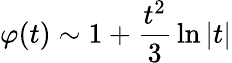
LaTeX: \varphi(t)\sim 1+{\frac{t^{2}}{3}}\ln|t|